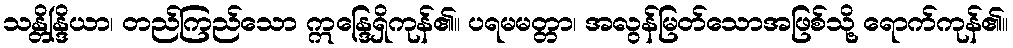
သန္တိန္ဒြိယာ၊ တည်ကြည်သော ဣန္ဒြေရှိကုန်၏။ ပရမမတ္တာ၊ အလွန်မြတ်သောအဖြစ်သို့ ရောက်ကုန်၏။